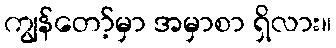
ကျွန်တော့်မှာ အမှာစာ ရှိလား။